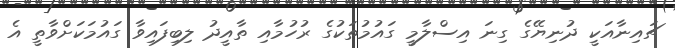
ޗައިނާއަކީ ދުނިޔޭގެ ގިނަ އިސްލާމީ ގައުމުތަކުގެ ރުހުމާއި ތާއީދު ލިބިފައިވާ ގައުމަކަށްވާތީ އެ